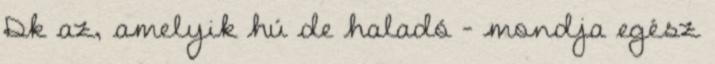
Dk az, amelyik hú de haladó – mondja egész